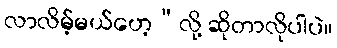
လာလိမ့်မယ်ဟေ့”လို့ ဆိုတာလိုပါပဲ။